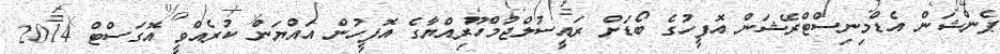
ޕެންޝަން އެޑްމިނިސްޓްރޭޝަން އޮފީހުގެ ބޯޑަށް ރައީސުލްޖުމްހޫރިއްޔާގެ އޮފީހުން އައްޔަން ކުރެއްވީ އޮގަސްޓް 2014